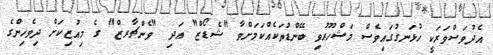
އެދުވަސްވަރަކީ ހުޅަނގުގައިވެސް މަޝްހޫރުވި ބޭންޑުތަކެއްކަމަށްވާ "ޝެޑޯޒް" އަދި "ވެންޗާރޒް" ގެ މިއުޒިކަށް ދިވެހިންގެ